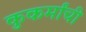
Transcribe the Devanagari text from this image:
कुकर्मांची